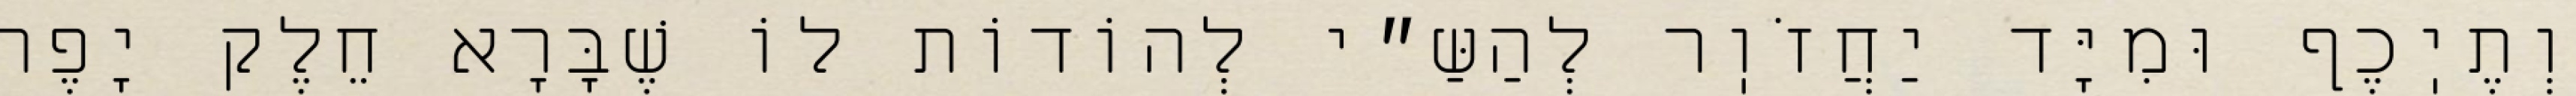
וְתֶיֽכֶף וּמִיָּד יַחֲזֹוֽר לְהַשַּ״י לְהוֹדוֹת לוֹ שֶׁבָּרָא חֵלֶק יָפֶה